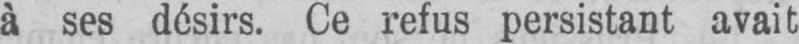
Ce refus persistant avait